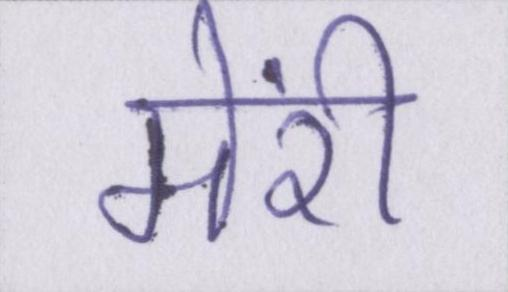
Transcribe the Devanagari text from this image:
मेंरी